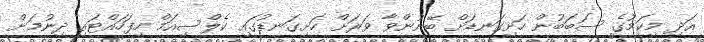
އަދި މިކަމުގެ ސަބަބުން ހަށިގަނޑަށް ބޭނުންވާ ވަރަށް ހަށިގަނޑުގައި ކެލްސިއަމް ހިފަހައްޓައި ދިނުމަށް